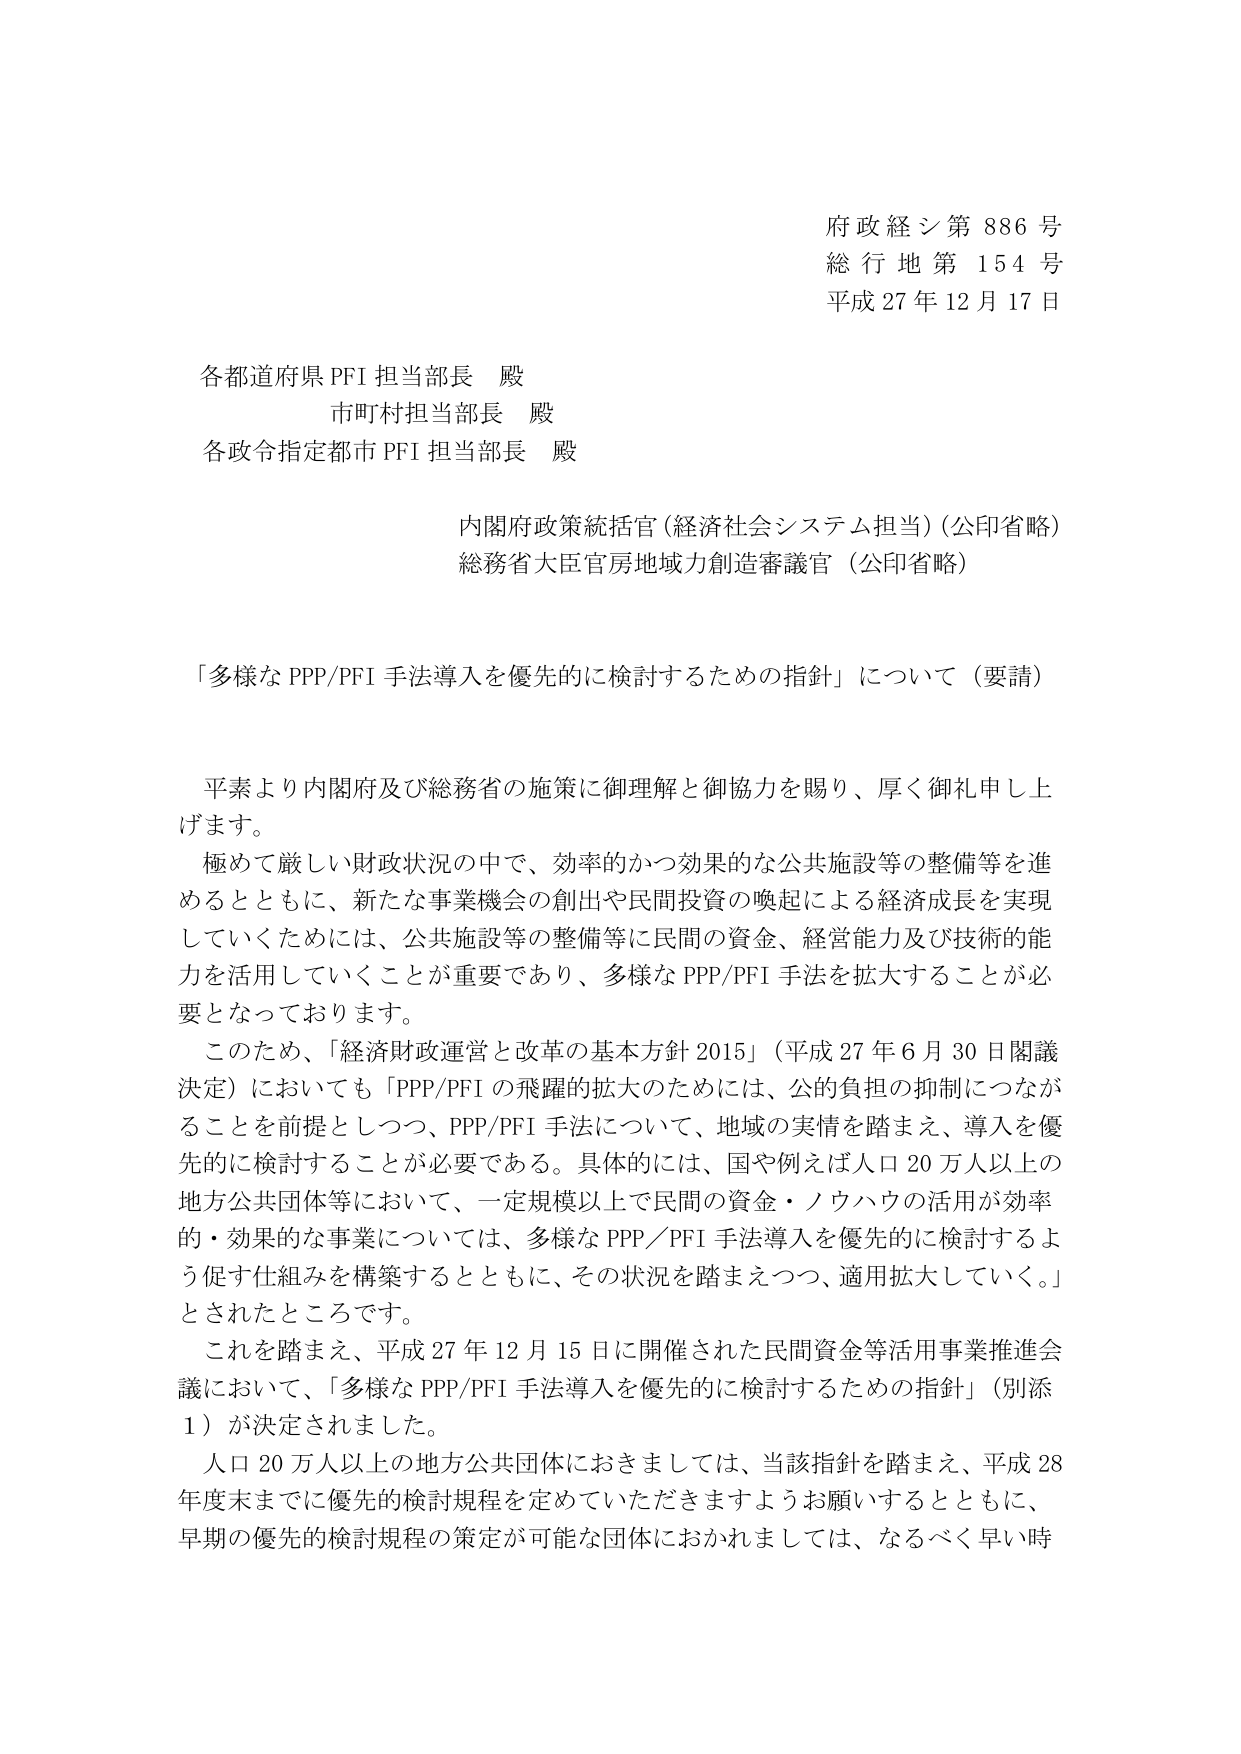
府政経シ第 886 号
総行地第 154 号
平成 27 年 12 月 17 日

各都道府県 PFI 担当部長 殿
市町村担当部長 殿
各政令指定都市 PFI 担当部長 殿

内閣府政策統括官（経済社会システム担当）（公印省略）
総務省大臣官房地域力創造審議官（公印省略）

「多様な PPP/PFI 手法導入を優先的に検討するための指針」について（要請）

平素より内閣府及び総務省の施策に御理解と御協力を賜り、厚く御礼申し上げます。
極めて厳しい財政状況の中で、効率的かつ効果的な公共施設等の整備等を進めるとともに、新たな事業機会の創出や民間投資の喚起による経済成長を実現していくためには、公共施設等の整備等に民間の資金、経営能力及び技術の能力を活用していくことが重要であり、多様な PPP/PFI 手法を拡大することが必要となっております。
このため、「経済財政運営と改革の基本方針 2015」（平成 27 年 6 月 30 日閣議決定）においても「PPP/PFI の飛躍的拡大のためには、公的負担の抑制につながることを前提としつつ、PPP/PFI 手法について、地域の実情を踏まえ、導入を優先的に検討することが必要である。具体的には、国や例えば人口 20 万人以上の地方公共団体等において、一定規模以上で民間の資金・ノウハウの活用が効率的・効果的な事業については、多様な PPP／PFI 手法導入を優先的に検討するよう促す仕組みを構築するとともに、その状況を踏まえつつ、適用拡大していく。」とされたところです。
これを踏まえ、平成 27 年 12 月 15 日に開催された民間資金等活用事業推進会議において、「多様な PPP/PFI 手法導入を優先的に検討するための指針」（別添 1）が決定されました。
人口 20 万人以上の地方公共団体におきましては、当該指針を踏まえ、平成 28 年度末までに優先的検討規程を定めていただきますようお願いするとともに、早期の優先的検討規程の策定が可能な団体におかれましては、なるべく早い時